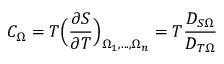
C _ { \Omega } = T \Big ( \frac { \partial S } { \partial T } \Big ) _ { \Omega _ { 1 } , . . . , \Omega _ { n } } = T \frac { D _ { S \Omega } } { D _ { T \Omega } }